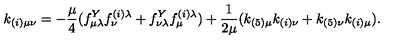
k _ { ( i ) \mu \nu } = - { \frac { \mu } { 4 } } ( f _ { \mu \lambda } ^ { Y } f _ { \nu } ^ { ( i ) \lambda } + f _ { \nu \lambda } ^ { Y } f _ { \mu } ^ { ( i ) \lambda } ) + { \frac { 1 } { 2 \mu } } ( k _ { ( 5 ) \mu } k _ { ( i ) \nu } + k _ { ( 5 ) \nu } k _ { ( i ) \mu } ) .